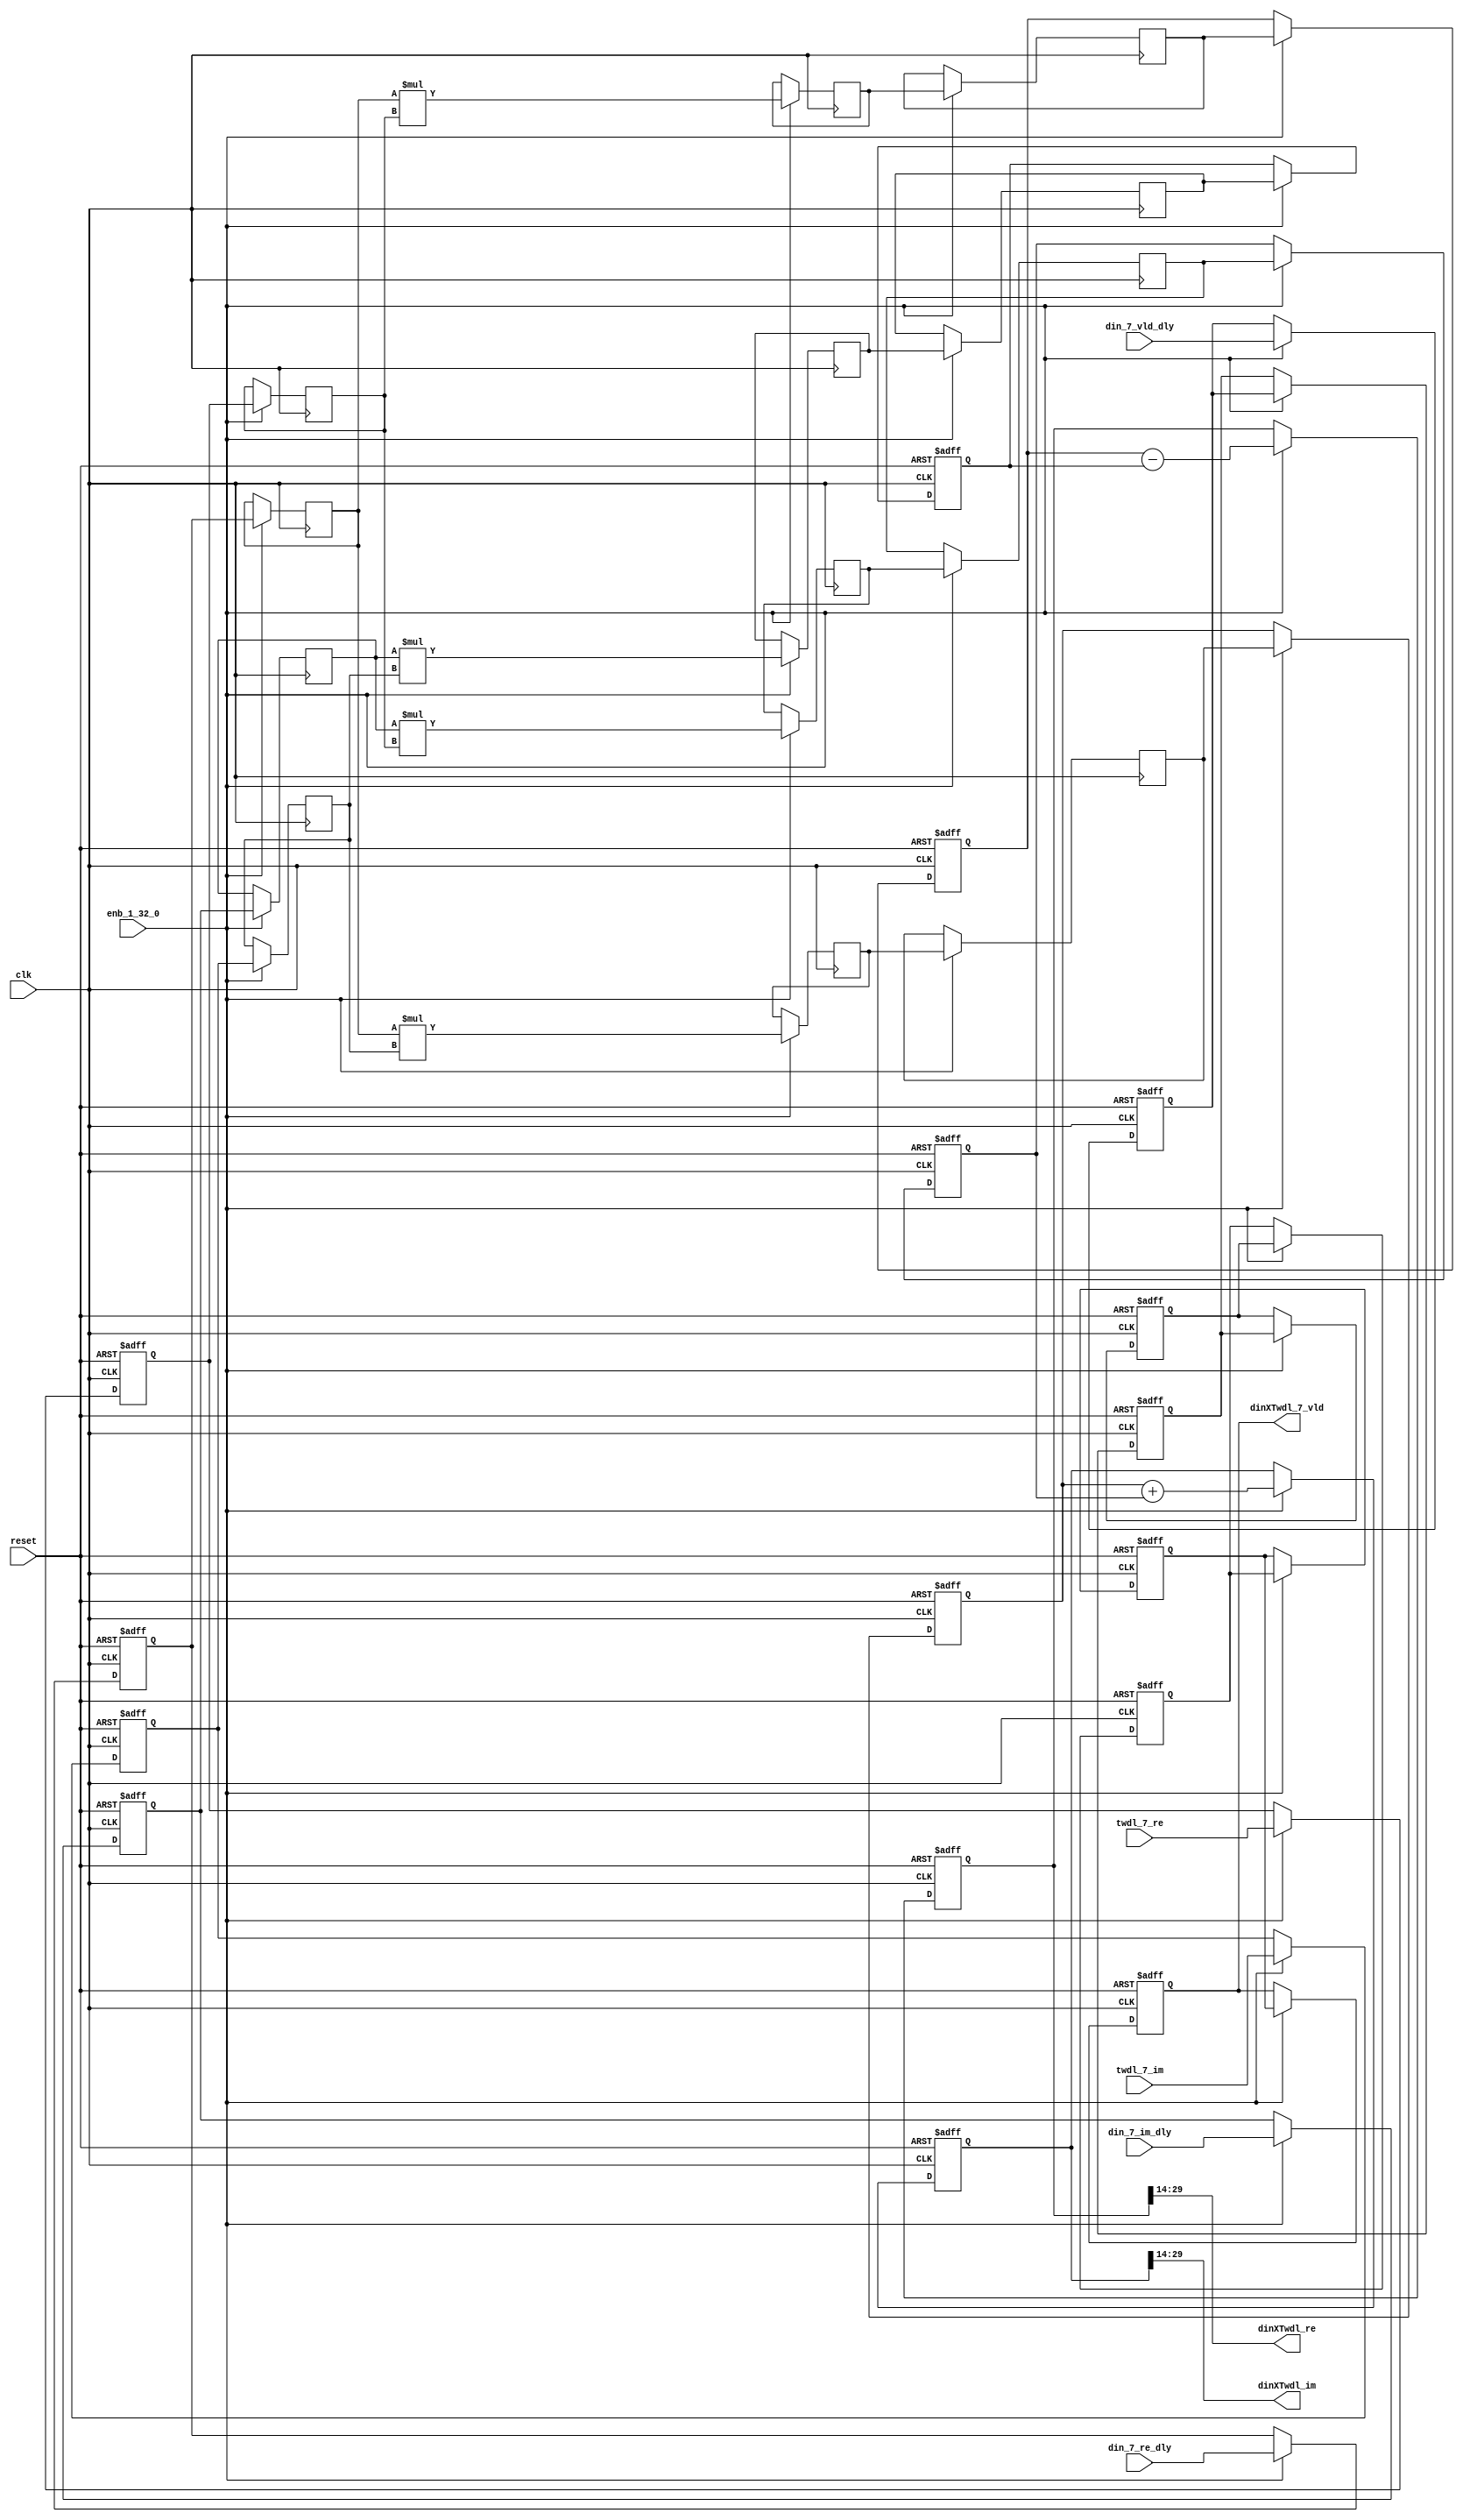
// -------------------------------------------------------------
// 
// 
// Generated by MATLAB 9.13 and HDL Coder 4.0
// 
// -------------------------------------------------------------


// -------------------------------------------------------------
// 
// Module: whdlOFDMTx_Complex4Multiply_block1
// Source Path: dsphdl.IFFT/RADIX22FFT_SDF1_7/Complex4Multiply
// Hierarchy Level: 7
// 
// -------------------------------------------------------------

`timescale 1 ns / 1 ns

module whdlOFDMTx_Complex4Multiply_block1
          (clk,
           reset,
           enb_1_32_0,
           din_7_re_dly,
           din_7_im_dly,
           din_7_vld_dly,
           twdl_7_re,
           twdl_7_im,
           dinXTwdl_re,
           dinXTwdl_im,
           dinXTwdl_7_vld);


  input   clk;
  input   reset;
  input   enb_1_32_0;
  input   signed [15:0] din_7_re_dly;  // sfix16_En14
  input   signed [15:0] din_7_im_dly;  // sfix16_En14
  input   din_7_vld_dly;
  input   signed [15:0] twdl_7_re;  // sfix16_En14
  input   signed [15:0] twdl_7_im;  // sfix16_En14
  output  signed [15:0] dinXTwdl_re;  // sfix16_En14
  output  signed [15:0] dinXTwdl_im;  // sfix16_En14
  output  dinXTwdl_7_vld;


  reg signed [15:0] din_re_reg;  // sfix16_En14
  reg signed [15:0] din_im_reg;  // sfix16_En14
  reg signed [15:0] twdl_re_reg;  // sfix16_En14
  reg signed [15:0] twdl_im_reg;  // sfix16_En14
  reg signed [15:0] Complex4Multiply_din1_re_pipe1;  // sfix16
  reg signed [15:0] Complex4Multiply_din1_im_pipe1;  // sfix16
  reg signed [31:0] Complex4Multiply_mult1_re_pipe1;  // sfix32
  reg signed [31:0] Complex4Multiply_mult2_re_pipe1;  // sfix32
  reg signed [31:0] Complex4Multiply_mult1_im_pipe1;  // sfix32
  reg signed [31:0] Complex4Multiply_mult2_im_pipe1;  // sfix32
  reg signed [15:0] Complex4Multiply_twiddle_re_pipe1;  // sfix16
  reg signed [15:0] Complex4Multiply_twiddle_im_pipe1;  // sfix16
  reg signed [31:0] prod1_re;  // sfix32_En28
  reg signed [31:0] prod1_im;  // sfix32_En28
  reg signed [31:0] prod2_re;  // sfix32_En28
  reg signed [31:0] prod2_im;  // sfix32_En28
  reg  din_vld_dly1;
  reg  din_vld_dly2;
  reg  din_vld_dly3;
  reg  prod_vld;
  reg signed [32:0] Complex4Add_multRes_re_reg;  // sfix33
  reg signed [32:0] Complex4Add_multRes_im_reg;  // sfix33
  reg  Complex4Add_prod_vld_reg1;
  reg signed [31:0] Complex4Add_prod1_re_reg;  // sfix32
  reg signed [31:0] Complex4Add_prod1_im_reg;  // sfix32
  reg signed [31:0] Complex4Add_prod2_re_reg;  // sfix32
  reg signed [31:0] Complex4Add_prod2_im_reg;  // sfix32
  wire signed [32:0] Complex4Add_multRes_re_reg_next;  // sfix33_En28
  wire signed [32:0] Complex4Add_multRes_im_reg_next;  // sfix33_En28
  wire signed [32:0] Complex4Add_sub_cast;  // sfix33_En28
  wire signed [32:0] Complex4Add_sub_cast_1;  // sfix33_En28
  wire signed [32:0] Complex4Add_add_cast;  // sfix33_En28
  wire signed [32:0] Complex4Add_add_cast_1;  // sfix33_En28
  wire signed [32:0] mulResFP_re;  // sfix33_En28
  wire signed [32:0] mulResFP_im;  // sfix33_En28
  reg  dinXTwdl_7_vld_1;

  initial begin
    Complex4Multiply_din1_re_pipe1 = 16'sb0000000000000000;
    Complex4Multiply_din1_im_pipe1 = 16'sb0000000000000000;
    Complex4Multiply_twiddle_re_pipe1 = 16'sb0000000000000000;
    Complex4Multiply_twiddle_im_pipe1 = 16'sb0000000000000000;
    Complex4Multiply_mult1_re_pipe1 = 32'sb00000000000000000000000000000000;
    Complex4Multiply_mult2_re_pipe1 = 32'sb00000000000000000000000000000000;
    Complex4Multiply_mult1_im_pipe1 = 32'sb00000000000000000000000000000000;
    Complex4Multiply_mult2_im_pipe1 = 32'sb00000000000000000000000000000000;
    prod1_re = 32'sb00000000000000000000000000000000;
    prod2_re = 32'sb00000000000000000000000000000000;
    prod1_im = 32'sb00000000000000000000000000000000;
    prod2_im = 32'sb00000000000000000000000000000000;
  end

  always @(posedge clk or posedge reset)
    begin : intdelay_process
      if (reset == 1'b1) begin
        din_re_reg <= 16'sb0000000000000000;
      end
      else begin
        if (enb_1_32_0) begin
          din_re_reg <= din_7_re_dly;
        end
      end
    end



  always @(posedge clk or posedge reset)
    begin : intdelay_1_process
      if (reset == 1'b1) begin
        din_im_reg <= 16'sb0000000000000000;
      end
      else begin
        if (enb_1_32_0) begin
          din_im_reg <= din_7_im_dly;
        end
      end
    end



  always @(posedge clk or posedge reset)
    begin : intdelay_2_process
      if (reset == 1'b1) begin
        twdl_re_reg <= 16'sb0000000000000000;
      end
      else begin
        if (enb_1_32_0) begin
          twdl_re_reg <= twdl_7_re;
        end
      end
    end



  always @(posedge clk or posedge reset)
    begin : intdelay_3_process
      if (reset == 1'b1) begin
        twdl_im_reg <= 16'sb0000000000000000;
      end
      else begin
        if (enb_1_32_0) begin
          twdl_im_reg <= twdl_7_im;
        end
      end
    end



  // Complex4Multiply
  always @(posedge clk)
    begin : Complex4Multiply_process
      if (enb_1_32_0) begin
        prod1_re <= Complex4Multiply_mult1_re_pipe1;
        prod2_re <= Complex4Multiply_mult2_re_pipe1;
        prod1_im <= Complex4Multiply_mult1_im_pipe1;
        prod2_im <= Complex4Multiply_mult2_im_pipe1;
        Complex4Multiply_mult1_re_pipe1 <= Complex4Multiply_din1_re_pipe1 * Complex4Multiply_twiddle_re_pipe1;
        Complex4Multiply_mult2_re_pipe1 <= Complex4Multiply_din1_im_pipe1 * Complex4Multiply_twiddle_im_pipe1;
        Complex4Multiply_mult1_im_pipe1 <= Complex4Multiply_din1_re_pipe1 * Complex4Multiply_twiddle_im_pipe1;
        Complex4Multiply_mult2_im_pipe1 <= Complex4Multiply_din1_im_pipe1 * Complex4Multiply_twiddle_re_pipe1;
        Complex4Multiply_twiddle_re_pipe1 <= twdl_re_reg;
        Complex4Multiply_twiddle_im_pipe1 <= twdl_im_reg;
        Complex4Multiply_din1_re_pipe1 <= din_re_reg;
        Complex4Multiply_din1_im_pipe1 <= din_im_reg;
      end
    end



  always @(posedge clk or posedge reset)
    begin : intdelay_4_process
      if (reset == 1'b1) begin
        din_vld_dly1 <= 1'b0;
      end
      else begin
        if (enb_1_32_0) begin
          din_vld_dly1 <= din_7_vld_dly;
        end
      end
    end



  always @(posedge clk or posedge reset)
    begin : intdelay_5_process
      if (reset == 1'b1) begin
        din_vld_dly2 <= 1'b0;
      end
      else begin
        if (enb_1_32_0) begin
          din_vld_dly2 <= din_vld_dly1;
        end
      end
    end



  always @(posedge clk or posedge reset)
    begin : intdelay_6_process
      if (reset == 1'b1) begin
        din_vld_dly3 <= 1'b0;
      end
      else begin
        if (enb_1_32_0) begin
          din_vld_dly3 <= din_vld_dly2;
        end
      end
    end



  always @(posedge clk or posedge reset)
    begin : intdelay_7_process
      if (reset == 1'b1) begin
        prod_vld <= 1'b0;
      end
      else begin
        if (enb_1_32_0) begin
          prod_vld <= din_vld_dly3;
        end
      end
    end



  // Complex4Add
  always @(posedge clk or posedge reset)
    begin : Complex4Add_process
      if (reset == 1'b1) begin
        Complex4Add_multRes_re_reg <= 33'sh000000000;
        Complex4Add_multRes_im_reg <= 33'sh000000000;
        Complex4Add_prod1_re_reg <= 32'sb00000000000000000000000000000000;
        Complex4Add_prod1_im_reg <= 32'sb00000000000000000000000000000000;
        Complex4Add_prod2_re_reg <= 32'sb00000000000000000000000000000000;
        Complex4Add_prod2_im_reg <= 32'sb00000000000000000000000000000000;
        Complex4Add_prod_vld_reg1 <= 1'b0;
        dinXTwdl_7_vld_1 <= 1'b0;
      end
      else begin
        if (enb_1_32_0) begin
          Complex4Add_multRes_re_reg <= Complex4Add_multRes_re_reg_next;
          Complex4Add_multRes_im_reg <= Complex4Add_multRes_im_reg_next;
          Complex4Add_prod1_re_reg <= prod1_re;
          Complex4Add_prod1_im_reg <= prod1_im;
          Complex4Add_prod2_re_reg <= prod2_re;
          Complex4Add_prod2_im_reg <= prod2_im;
          dinXTwdl_7_vld_1 <= Complex4Add_prod_vld_reg1;
          Complex4Add_prod_vld_reg1 <= prod_vld;
        end
      end
    end

  assign Complex4Add_sub_cast = {Complex4Add_prod1_re_reg[31], Complex4Add_prod1_re_reg};
  assign Complex4Add_sub_cast_1 = {Complex4Add_prod2_re_reg[31], Complex4Add_prod2_re_reg};
  assign Complex4Add_multRes_re_reg_next = Complex4Add_sub_cast - Complex4Add_sub_cast_1;
  assign Complex4Add_add_cast = {Complex4Add_prod1_im_reg[31], Complex4Add_prod1_im_reg};
  assign Complex4Add_add_cast_1 = {Complex4Add_prod2_im_reg[31], Complex4Add_prod2_im_reg};
  assign Complex4Add_multRes_im_reg_next = Complex4Add_add_cast + Complex4Add_add_cast_1;
  assign mulResFP_re = Complex4Add_multRes_re_reg;
  assign mulResFP_im = Complex4Add_multRes_im_reg;



  assign dinXTwdl_re = mulResFP_re[29:14];



  assign dinXTwdl_im = mulResFP_im[29:14];



  assign dinXTwdl_7_vld = dinXTwdl_7_vld_1;

endmodule  // whdlOFDMTx_Complex4Multiply_block1